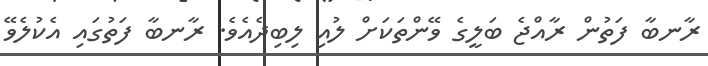
ރާނބާ ފަތުން ރާއްޖެ ބަލީގެ ވޭންތަކަށް ލުއި ލިބިދެއެވެ. ރާނބާ ފަތުގައި އެކުލެވޭ